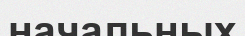
начальных